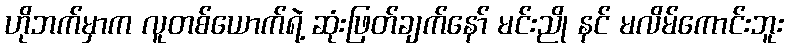
ဟိုဘက်မှာက လူတစ်ယောက်ရဲ့ ဆုံးဖြတ်ချက်နော် မင်းညို နင် မလိမ်ကောင်းဘူး